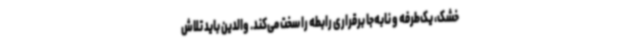
خشک، یک‌طرفه و نابه‌جا برقراری رابطه را سخت می‌کند. والدین باید تلاش